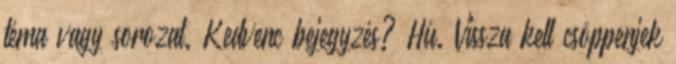
téma vagy sorozat. Kedvenc bejegyzés? Hú. Vissza kell csöppenjek